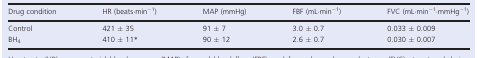
<table><thead><tr><td><b>Drug condition</b></td><td><b>HR (beats·min<sup>−1</sup>)</b></td><td><b>MAP (mmHg)</b></td><td><b>FBF (mL·min<sup>−1</sup>)</b></td><td><b>FVC (mL·min<sup>−1</sup>·mmHg<sup>−1</sup>)</b></td></tr></thead><tbody><tr><td>Control</td><td>421 ± 35</td><td>91 ± 7</td><td>3.0 ± 0.7</td><td>0.033 ± 0.009</td></tr><tr><td>BH<sub>4</sub></td><td>410 ± 11*</td><td>90 ± 12</td><td>2.6 ± 0.7</td><td>0.030 ± 0.007</td></tr></tbody></table>